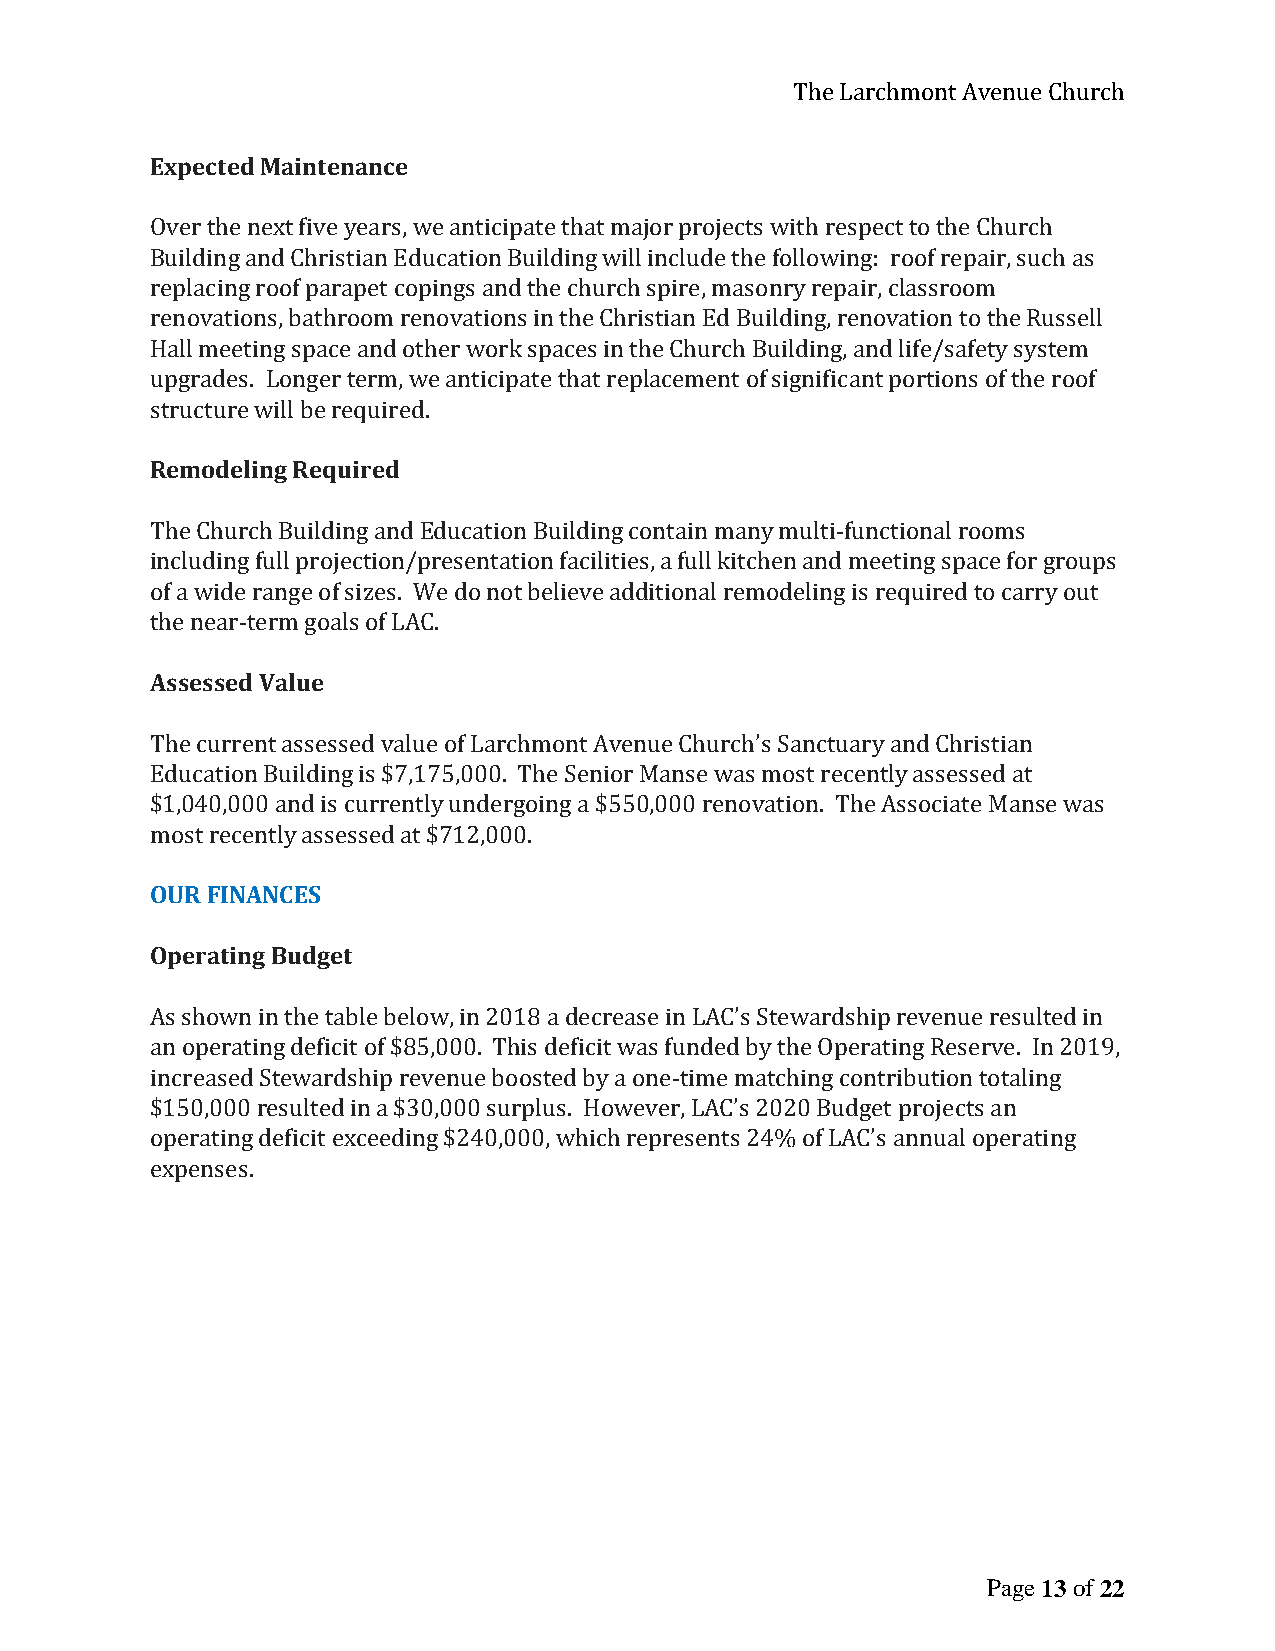
The Larchmont Avenue Church
 Expected Maintenance
 Over the next five years, we anticipate that major projects with respect to the Church
 Building and Christian Education Building will include the following: roof repair, such as
 replacing roof parapet copings and the church spire, masonry repair, classroom
 renovations, bathroom renovations in the Christian Ed Building, renovation to the Russell
 Hall meeting space and other work spaces in the Church Building, and life/safety system
 upgrades. Longer term, we anticipate that replacement of significant portions of the roof
 structure will be required.
 Remodeling Required
 The Church Building and Education Building contain many multi-functional rooms
 including full projection/presentation facilities, a full kitchen and meeting space for groups
 of a wide range of sizes. We do not believe additional remodeling is required to carry out
 the near-term goals of LAC.
 Assessed Value
 The current assessed value of Larchmont Avenue Church’s Sanctuary and Christian
 Education Building is $7,175,000. The Senior Manse was most recently assessed at
 $1,040,000 and is currently undergoing a $550,000 renovation. The Associate Manse was
 most recently assessed at $712,000.
 OUR FINANCES
 Operating Budget
 As shown in the table below, in 2018 a decrease in LAC’s Stewardship revenue resulted in
 an operating deficit of $85,000. This deficit was funded by the Operating Reserve. In 2019,
 increased Stewardship revenue boosted by a one-time matching contribution totaling
 $150,000 resulted in a $30,000 surplus. However, LAC’s 2020 Budget projects an
 operating deficit exceeding $240,000, which represents 24% of LAC’s annual operating
 expenses.
 Page 13 of 22